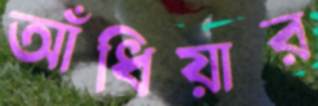
আঁধিয়ার